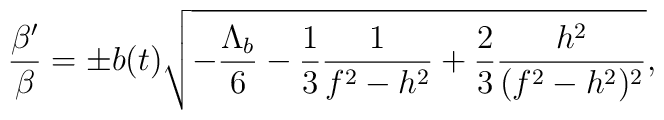
\frac{\beta '}{\beta}=\pm b(t)\sqrt{-\frac{\Lambda_b}{6}-\frac{1}{3}\frac{1}{f^2-h^2}+\frac{2}{3}\frac{h^2}{(f^2-h^2)^2}},